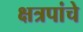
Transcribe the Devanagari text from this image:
क्षत्रपांचे